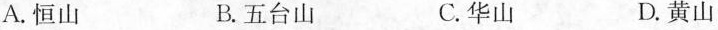
A.恒山 B.五台山 C.华山 D.黄山